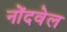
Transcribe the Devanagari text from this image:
नोंदवेल